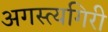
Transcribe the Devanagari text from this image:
अगस्त्यगिरी